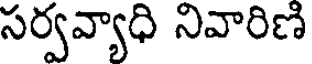
సర్వవ్యాధి నివారిణి